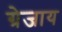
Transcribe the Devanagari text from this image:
ग्रेजाय